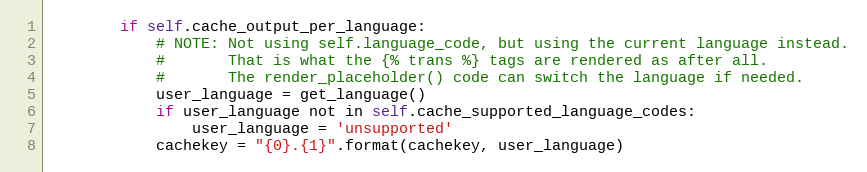
Language: Python
        if self.cache_output_per_language:
            # NOTE: Not using self.language_code, but using the current language instead.
            #       That is what the {% trans %} tags are rendered as after all.
            #       The render_placeholder() code can switch the language if needed.
            user_language = get_language()
            if user_language not in self.cache_supported_language_codes:
                user_language = 'unsupported'
            cachekey = "{0}.{1}".format(cachekey, user_language)